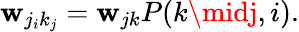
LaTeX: \mathbf{w}_{j_{i}k_{j}}=\mathbf{w}_{jk}P(k\midj,i).